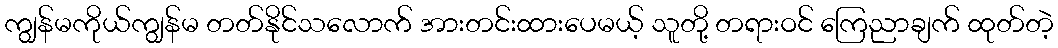
ကျွန်မကိုယ်ကျွန်မ တတ်နိုင်သလောက် အားတင်းထားပေမယ့် သူတို့ တရားဝင် ကြေညာချက် ထုတ်တဲ့